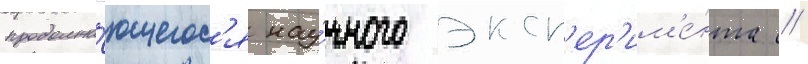
продолжа́ющегос'я нау́чного эксп'ер'им'е́нта //